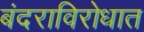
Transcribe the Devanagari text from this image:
बंदराविरोधात